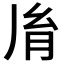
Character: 𦙍